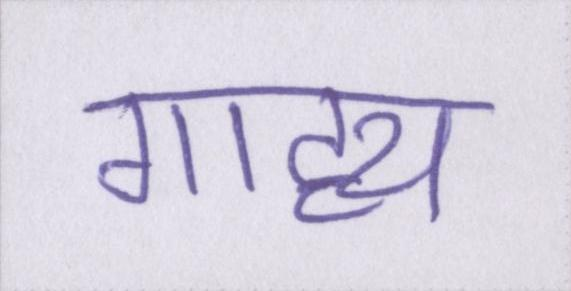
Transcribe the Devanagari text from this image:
गाह्य